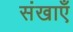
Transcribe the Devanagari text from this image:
संखाएँ